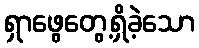
ရှာဖွေတွေ့ရှိခဲ့သော